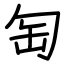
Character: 匋